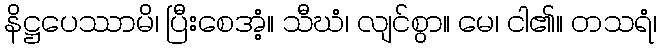
နိဋ္ဌပေဿာမိ၊ ပြီးစေအံ့။ သီဃံ၊ လျင်စွာ။ မေ၊ ငါ၏။ တသရံ၊